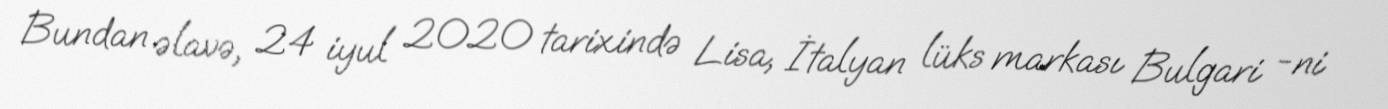
Bundan əlavə, 24 iyul 2020 tarixində Lisa, İtalyan lüks markası Bulgari -ni